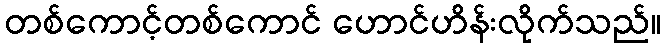
တစ်ကောင့်တစ်ကောင် ဟောင်ဟိန်းလိုက်သည်။